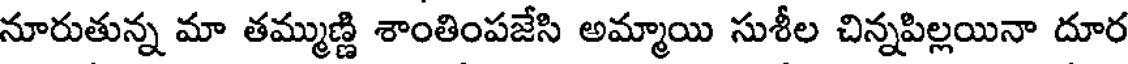
నూరుతున్న మా తమ్ముణ్ణి శాంతింపజేసి అమ్మాయి సుశీల చిన్నపిల్లయినా దూర